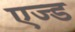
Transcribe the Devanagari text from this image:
एज्ड